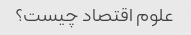
علوم اقتصاد چیست؟